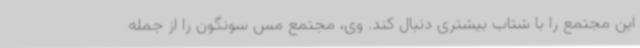
این مجتمع را با شتاب بیشتری دنبال کند. وی، مجتمع مس سونگون را از جمله